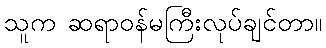
သူက ဆရာဝန်မကြီးလုပ်ချင်တာ။